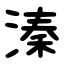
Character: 溱